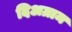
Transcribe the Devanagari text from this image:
दिअग्राम